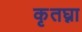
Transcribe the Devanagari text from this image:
कृतघ्ना